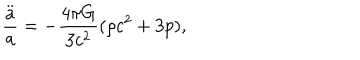
\frac { \stackrel { . . } { a } } { a } = - \frac { 4 \pi G } { 3 c ^ { 2 } } ( \rho c ^ { 2 } + 3 p ) ,